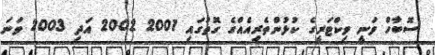
ސޮބާހް ވަނީ ވިކްޓަރީގެ ކުޅުންތެރިއެއްގެ ގޮތުގައި 2001 2002 އަދި 2003 ވަނަ